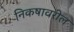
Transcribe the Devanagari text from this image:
निकषावरील